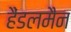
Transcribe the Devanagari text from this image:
हैंडलमैन